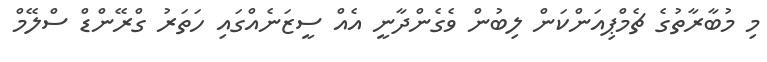
މި މުބާރާތުގެ ޗެމްޕިއަންކަން ލިބުން ވެގެންދާނީ އެއް ސީޒަނެއްގައި ހަތަރު ގްރޭންޑް ސްލޭމް